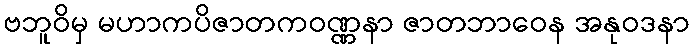
ဗဘူဝိမှ မဟာကပိဇာတကဝဏ္ဏနာ ဇာတဘာဝေန အနုဝဒနာ